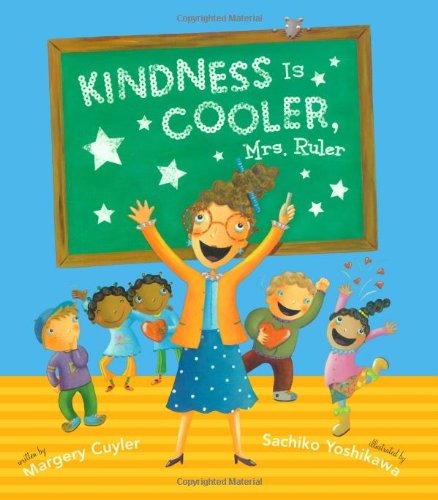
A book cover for Kindness Is Cooler, Mrs. Ruler; Margery Cuyler; Children's Books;